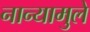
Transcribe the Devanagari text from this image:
नान्यामुले